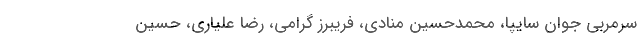
سرمربی جوان سایپا، محمدحسین منادی، فریبرز گرامی، رضا علیاری، حسین